Civil Veterinary Department. Madras. Admin. report 1926-33 - 1926-1933
Year: 1926
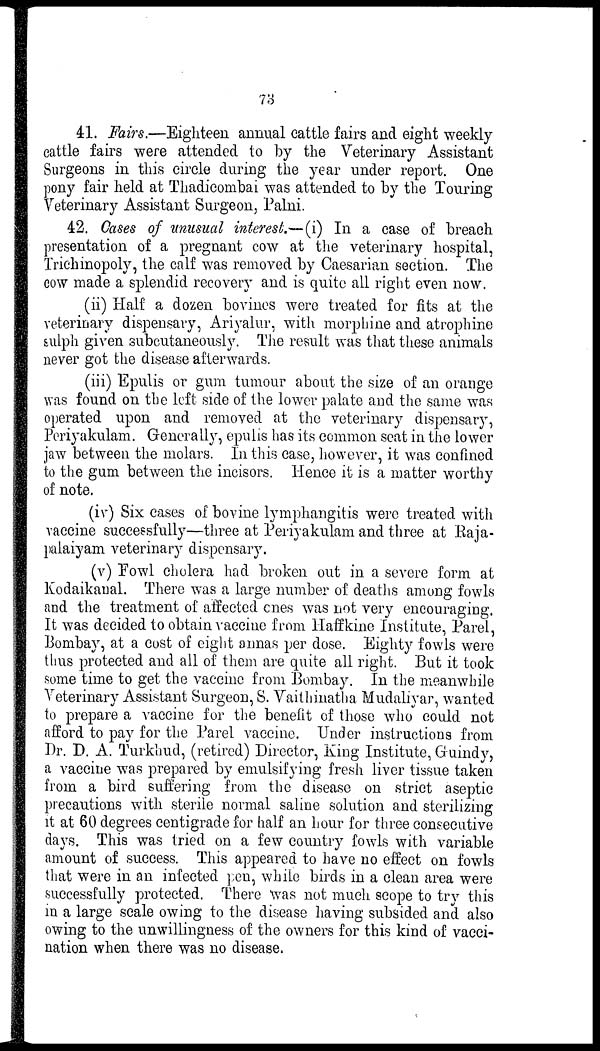
73
41. Fairs.—Eighteen annual cattle fairs and eight weekly
cattle fairs were attended to by the Veterinary Assistant
Surgeons in this circle during the year under report. One
pony fair held at Thadicombai was attended to by the Touring
Veterinary Assistant Surgeon, Palni.
42. Cases of unusual interest.—(i) In a case of breach
presentation of a pregnant cow at the veterinary hospital,
Trichinopoly, the calf was removed by Caesarian section. The
cow made a splendid recovery and is quite all right even now.
(ii) Half a dozen bovines were treated for fits at the
veterinary dispensary, Ariyalur, with morphine and atrophine
sulph given subcutaneously. The result was that these animals
never got the disease afterwards.
(iii) Epulis or gum tumour about the size of an orange
was found on the left side of the lower palate and the same was
operated upon and removed at the veterinary dispensary,
Periyakulam. Generally, epulis has its common seat in the lower
jaw between the molars. In this case, however, it was confined
to the gum between the incisors. Hence it is a matter worthy
of note.
(iv) Six cases of bovine lymphangitis were treated with
vaccine successfully—three at Periyakulam and three at Raja-
palaiyam veterinary dispensary.
(v) Fowl cholera had broken out in a severe form at
Kodaikanal. There was a large number of deaths among fowls
and the treatment of affected ones was not very encouraging.
It was decided to obtain vaccine from Haffkine Institute, Parel,
Bombay, at a cost of eight annas per dose. Eighty fowls were
thus protected and all of them are quite all right. But it took
some time to get the vaccine from Bombay. In the meanwhile
Veterinary Assistant Surgeon, S. Vaithinatha Mudaliyar, wanted
to prepare a vaccine for the benefit of those who could not
afford to pay for the Parel vaccine. Under instructions from
Dr. D. A. Turkhud, (retired) Director, King Institute, Gruindy,
a vaccine was prepared by emulsifying fresh liver tissue taken
from a bird suffering from the disease on strict aseptic
precautions with sterile normal saline solution and sterilizing
it at 60 degrees centigrade for half an hour for three consecutive
days. This was tried on a few country fowls with variable
amount of success. This appeared to have no effect on fowls
that were in an infected pen, while birds in a clean area were
successfully protected. There was not much scope to try this
in a large scale owing to the disease having subsided and also
owing to the unwillingness of the owners for this kind of vacci-
nation when there was no disease.